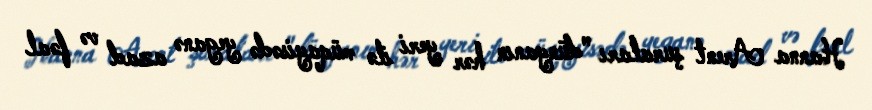
Hanna Arent şuraları "dünyanın hər yeri ilə müqayisədə yeganə azad və fəal